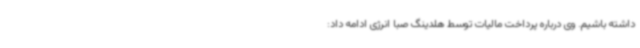
داشته باشیم. وی درباره پرداخت مالیات توسط هلدینگ صبا انرژی ادامه داد: